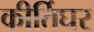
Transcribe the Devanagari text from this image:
कीर्तिघर